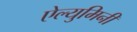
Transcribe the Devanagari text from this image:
ऐल्युमिनी